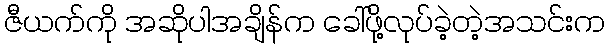
ဇီယက်ကို အဆိုပါအချိန်က ခေါ်ဖို့လုပ်ခဲ့တဲ့အသင်းက